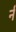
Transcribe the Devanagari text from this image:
र्न